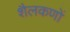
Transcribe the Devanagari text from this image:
शैलकणों